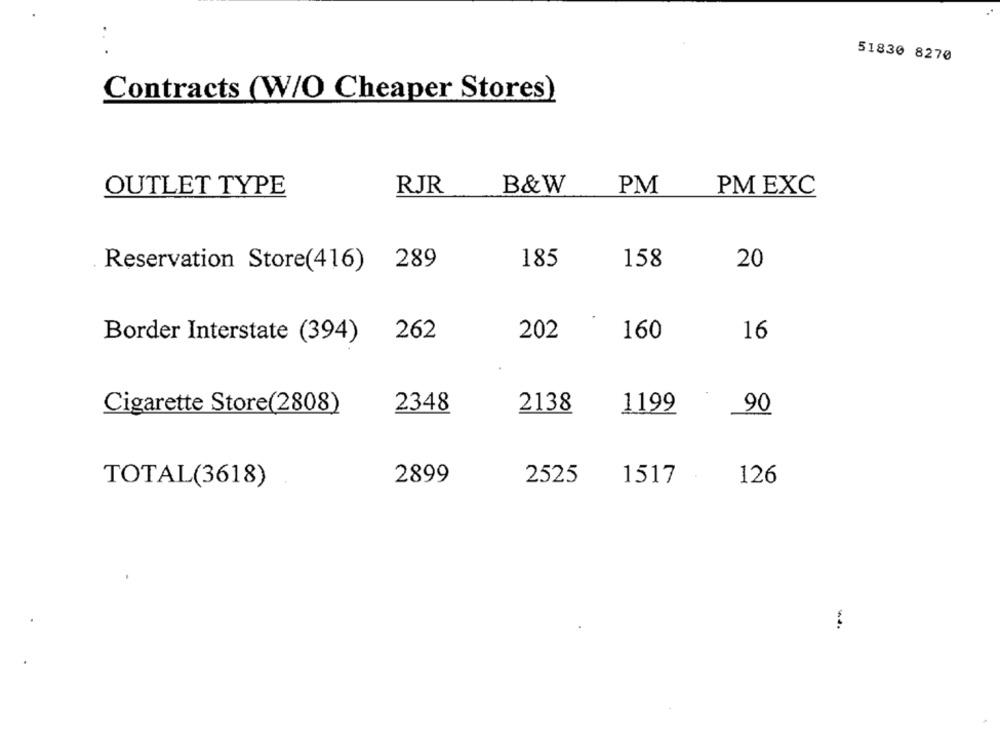
51830 8270
Contracts (W/O Cheaper Stores)
OUTLET TYPE
RJR
B&W
PM
PM EXC
Reservation Store(416)
289
185
158
20
Border Interstate (394)
262
202
160
16
Cigarette Store(2808)
2348
2138
1199
90
TOTAL(3618)
2899
2525
1517
126